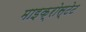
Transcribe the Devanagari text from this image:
माइक्रोस्टेट